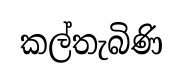
කල්තැබිණි